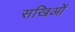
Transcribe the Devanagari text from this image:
सखिओं